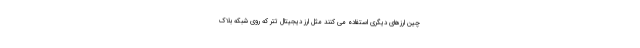
چین ارزهای دیگری استفاده می کنند مثل ارز دیجیتال تتر که روی شبکه بلاک